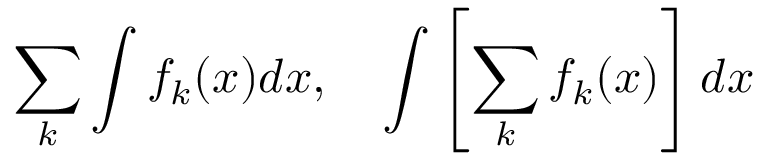
\sum _ { k } \int f _ { k } ( x ) d x , \quad \int \left[ \sum _ { k } f _ { k } ( x ) \right] d x